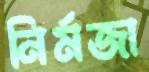
নির্মজা